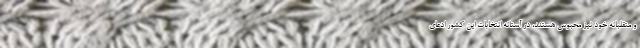
و متقلبانه خود نیز محبوس هستند، در آستانه انتخابات این کشور ادعای